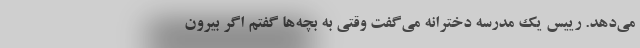
می‌دهد. رییس یک مدرسه دخترانه می‌گفت وقتی به بچه‌ها گفتم اگر بیرون